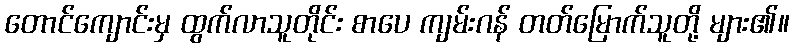
တောင်ကျောင်းမှ ထွက်လာသူတိုင်း စာပေ ကျမ်းဂန် တတ်မြောက်သူတို့ များ၏။